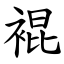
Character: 裩